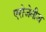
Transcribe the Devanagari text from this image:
एरोजेनीज